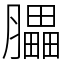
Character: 𦢏